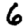
Digit: 6